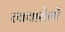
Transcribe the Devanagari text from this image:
त्वचारोगों